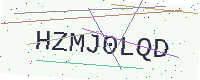
Text: HZMJ0LQD